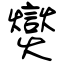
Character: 爕